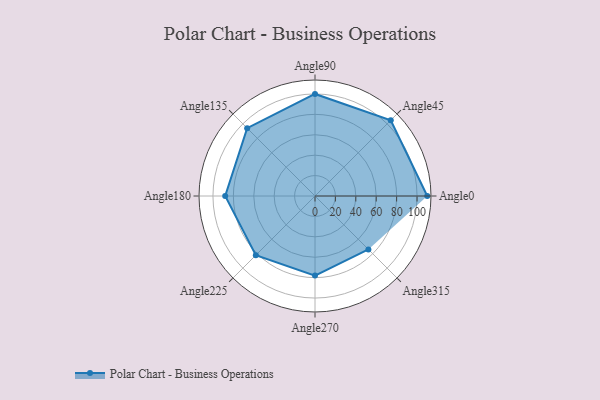
{"axis": {"x": "Angle", "y": "Radius"}, "legend": [""], "data": [{"x": "Angle0", "y": 110.0, "type": ""}, {"x": "Angle45", "y": 105.0, "type": ""}, {"x": "Angle90", "y": 100.0, "type": ""}, {"x": "Angle135", "y": 94.0, "type": ""}, {"x": "Angle180", "y": 88.0, "type": ""}, {"x": "Angle225", "y": 82.0, "type": ""}, {"x": "Angle270", "y": 78.0, "type": ""}, {"x": "Angle315", "y": 74.0, "type": ""}]}